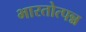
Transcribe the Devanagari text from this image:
भारतोत्पन्न